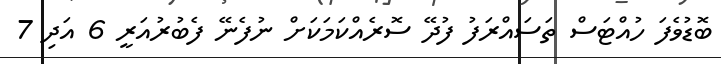
ބޮޑުވެފަ ހުއްޓަސް ތަސައްރަފު ފުދޭ ސޮރެއްކަމަކަށް ނުފެނޭ ފެބުރުއަރީ 6 އަދި 7